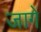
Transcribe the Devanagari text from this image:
जागें